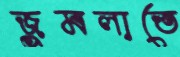
জুমলাতে